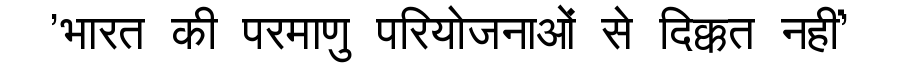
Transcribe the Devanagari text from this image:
'भारत की परमाणु परियोजनाओं से दिक्कत नहीं'